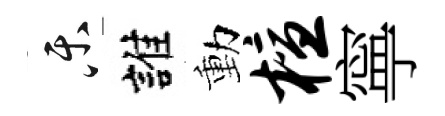
乐誰動檀寧